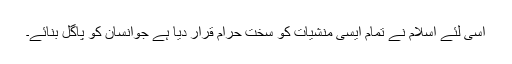
اسی لئے اسلام نے تمام ایسی منشیات کو سخت حرام قرار دیا ہے جوانسان کو پاگل بنائے۔